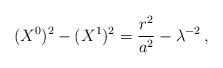
LaTeX: \begin{align*}(X^0)^2 - (X^1)^2 = \frac{r^2}{a^2} - \lambda^{-2}\,,\end{align*}